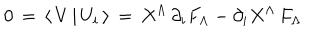
LaTeX: 0 \, = \, \langle \, V \, \vert \, U _ { i } \, \rangle \, = \, X ^ { \Lambda } \, \partial _ { i } F _ { \Lambda } - \partial _ { i } X ^ { \Lambda } \, F _ { \Lambda }